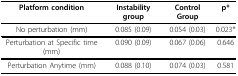
| Platform condition | Instability group | Control Group | p* |
 | --- | --- | --- | --- |
 | No perturbation (mm) | 0.085 (0.09) | 0.054 (0.03) | 0.023* |
 | Perturbation at Specific time (mm) | 0.090 (0.09) | 0.067 (0.06) | 0.646 |
 | Perturbation Anytime (mm) | 0.088 (0.10) | 0.074 (0.03) | 0.581 |